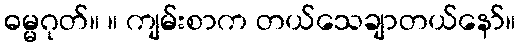
ဓမ္မဂုတ်။ ။ ကျမ်းစာက တယ်သေချာတယ်နော်။